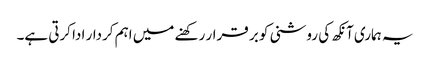
یہ ہماری آنکھ کی روشنی کو بر قرار رکھنے میں اہم کردار ادا کرتی ہے۔